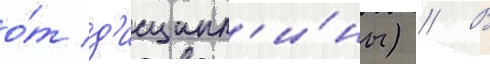
о́т д'исципл'и́ны) // В